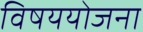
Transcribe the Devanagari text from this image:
विषययोजना